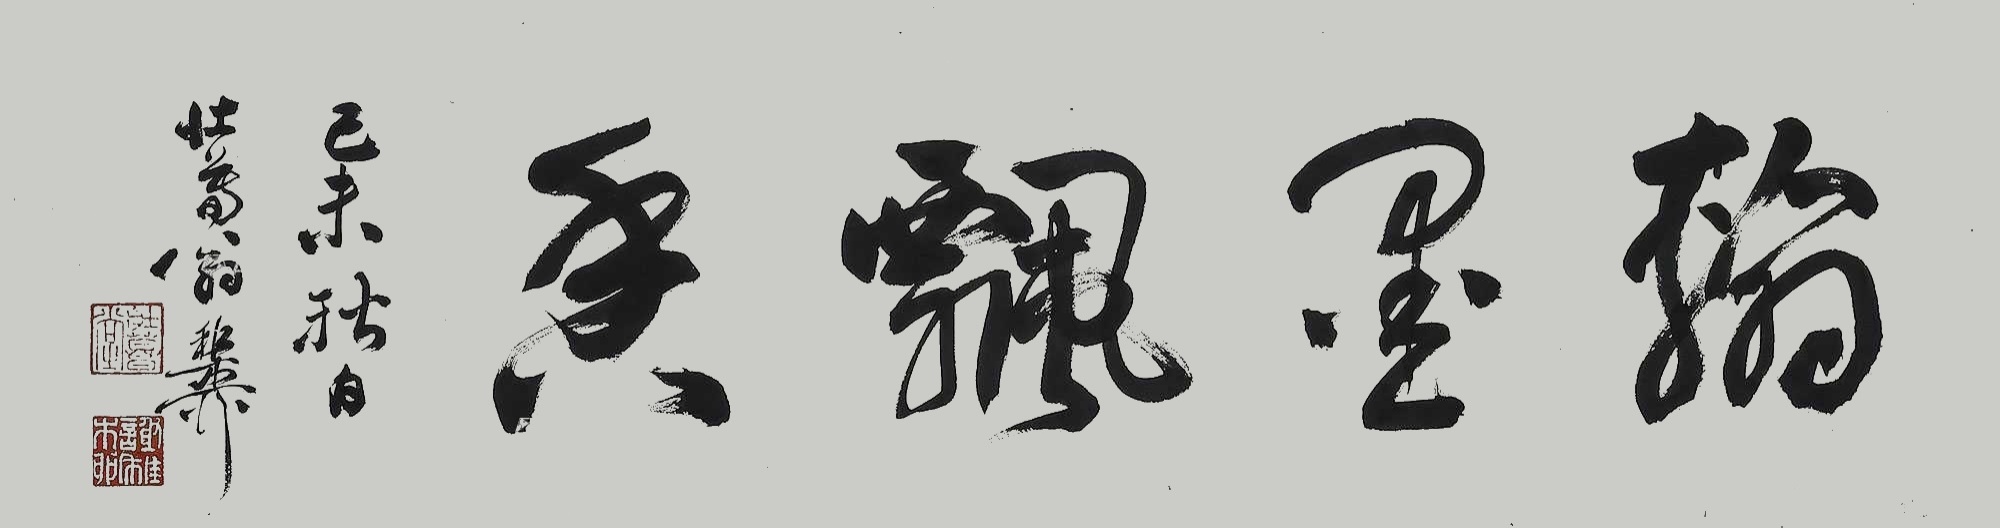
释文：翰墨飘香。己未秋日，壮暮翁稚柳。